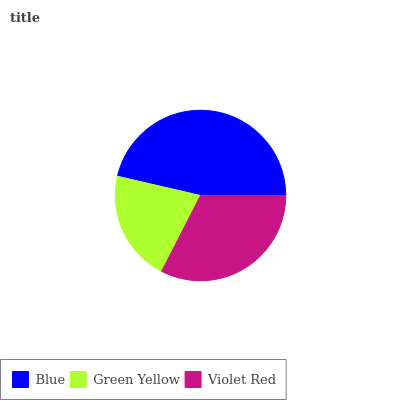
| Blue | Green Yellow | Violet Red |
 | --- | --- | --- |
 | 46.3% | 21.2% | 32.5% |